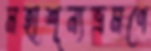
মহাশূন্যভ্রমণে